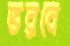
ভরবে